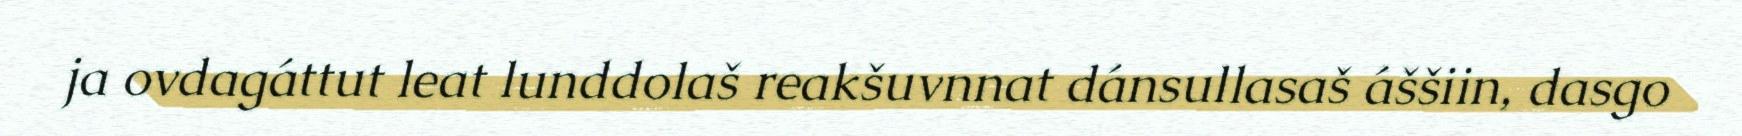
ja ovdagáttut leat lunddolaš reakšuvnnat dánsullasaš áššiin, dasgo